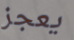
يعجز